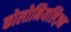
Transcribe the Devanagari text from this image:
कोलोनियलिज़्म